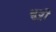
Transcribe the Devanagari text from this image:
धुव्री